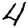
Digit: 4